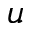
u